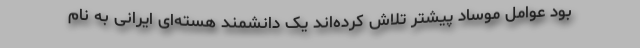
بود عوامل موساد پیشتر تلاش کرده‌اند یک دانشمند هسته‌ای ایرانی به نام